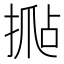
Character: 𰔍